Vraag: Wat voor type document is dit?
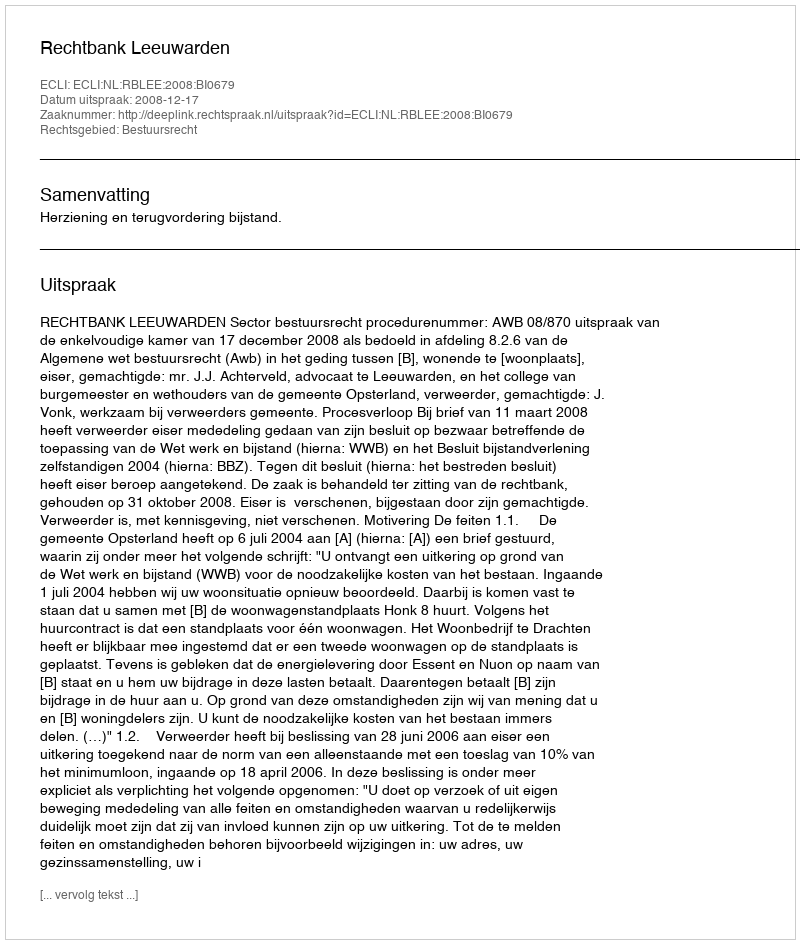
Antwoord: Uitspraak